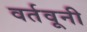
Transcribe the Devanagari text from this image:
वर्तवूनी